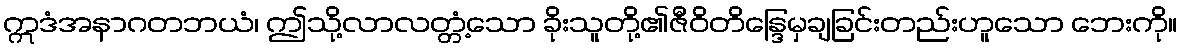
ဣဒံအနာဂတဘယံ၊ ဤသို့လာလတ္တံ့သော ခိုးသူတို့၏ဇီဝိတိန္ဒြေမှချခြင်းတည်းဟူသော ဘေးကို။